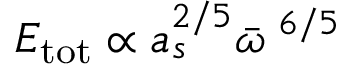
E _ { \mathrm { t o t } } \propto a _ { s } ^ { 2 / 5 } \bar { \omega } ^ { \; 6 / 5 }